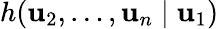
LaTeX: h(\mathbf{u}_{2},\dots,\mathbf{u}_{n}\mid\mathbf{u}_{1})